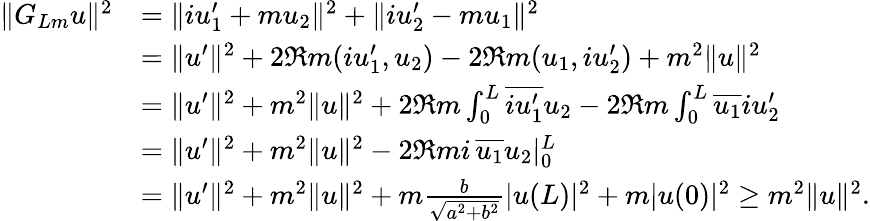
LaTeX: \begin{array}{rl}{\| G_{Lm}u\| ^{2}}&{=\| iu_{1}^{\prime}+mu_{2}\| ^{2}+\| iu_{2}^{\prime}-mu_{1}\| ^{2}}\\ &{=\| u^{\prime}\| ^{2}+2\Re m(iu_{1}^{\prime},u_{2})-2\Re m(u_{1},iu_{2}^{\prime})+m^{2}\| u\| ^{2}}\\ &{=\| u^{\prime}\| ^{2}+m^{2}\| u\| ^{2}+2\Re m\int_{0}^{L}\overline{{iu_{1}^{\prime}}}u_{2}-2\Re m\int_{0}^{L}\overline{{u_{1}}}iu_{2}^{\prime}}\\ &{=\| u^{\prime}\| ^{2}+m^{2}\| u\| ^{2}-2\Re mi\, \overline{{u_{1}}}u_{2}|_{0}^{L}}\\ &{=\| u^{\prime}\| ^{2}+m^{2}\| u\| ^{2}+m\frac{b}{\sqrt{a^{2}+b^{2}}}|u(L)|^{2}+m|u(0)|^{2}\geq m^{2}\| u\| ^{2}.}\end{array}